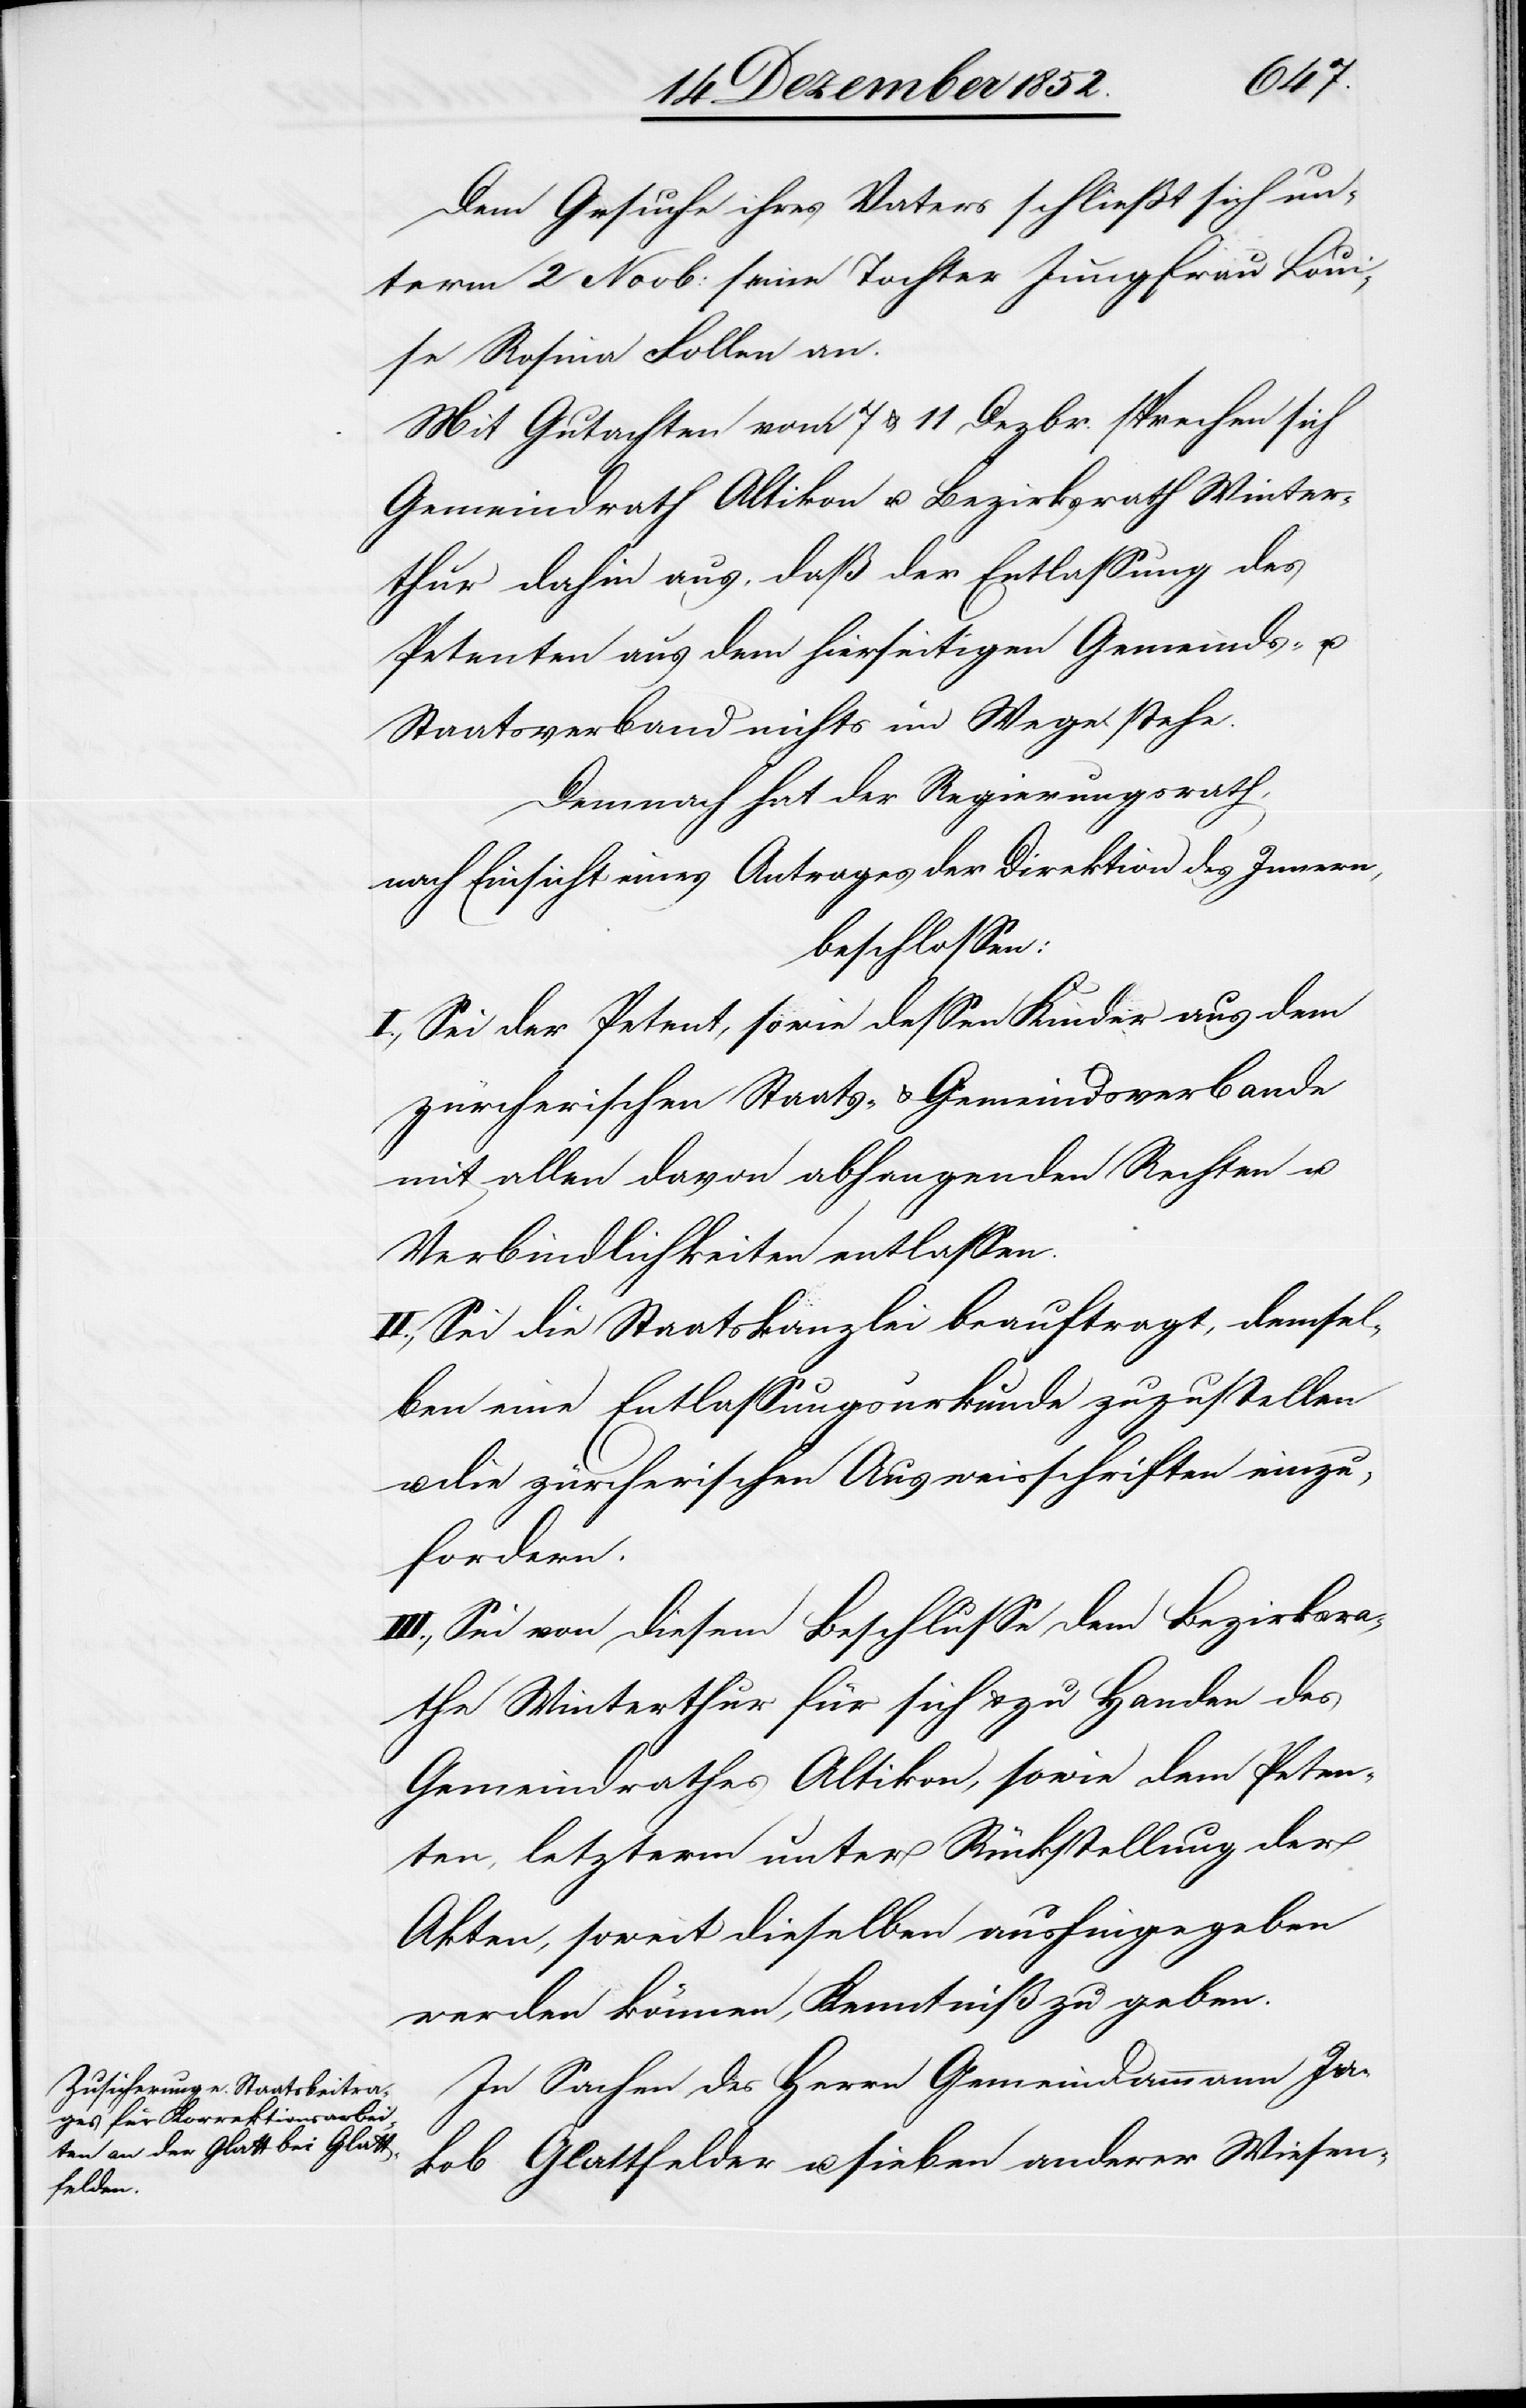
Dem Gesuche ihres Vaters schließt sich un¬
term 2 Novb: seine Tochter Jungfrau Loui¬
se Rosina Follen an.
Mit Gutachten vom 7 & 11 Dezbr. sprechen sich
Gemeindrath Altikon u. Bezirksrath Winter¬
thur dahin aus, daß der Entlassung des
Petenten aus dem hierseitigen Gemeinds- u.
Staatsverband nichts im Wege stehe.
Demnach hat der Regierungsrath,
nach Einsicht eines Antrages der Direktion des Innern,
beschlossen:
I., Sei der Petent, sowie dessen Kinder aus dem
zürcherischen Staats- & Gemeindsverbande
mit allen davon abhangenden Rechten u.
Verbindlichkeiten entlassen.
II., Sei die Staatskanzlei beauftragt, demsel¬
ben eine Entlassungsurkunde zuzustellen
die zürcherischen Ausweisschriften einzu¬
fordern.
III., Sei von diesem Beschlusse dem Bezirksra¬
the Winterthur für sich & zu Handen des
Gemeindrathes Altikon, sowie dem Peten¬
ten, letzterm unter Rückstellung der
Akten, soweit dieselben aushingegeben
werden können, Kenntniß zu geben.
In Sachen des Herrn Gemeindammann Ja¬
kob Glattfelder u. sieben anderer Wiesen-